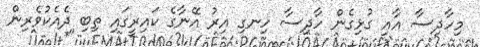
މިހާދިސާ އާއި ގުޅިގެން ހާދިސާ ހިނގި އިރު އޭނާގެ ކައިރީގައި ތިބި ދެއެކުވެރިން